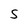
Character: S